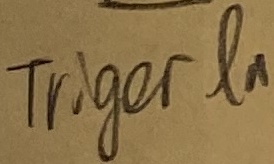
Text: TRIGER IN